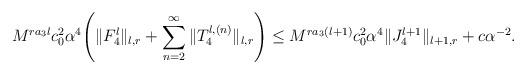
LaTeX: \begin{align*}&M^{ra_3l}c_0^2\alpha^4\Bigg(\|F_4^l\|_{l,r}+\sum_{n=2}^{\infty}\|T_4^{l,(n)}\|_{l,r}\Bigg)\le M^{ra_3(l+1)}c_0^2\alpha^4\|J_4^{l+1}\|_{l+1,r}+c\alpha^{-2}.\end{align*}